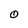
Character: o